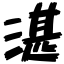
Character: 湛